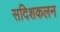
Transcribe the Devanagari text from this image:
सदिशकलन